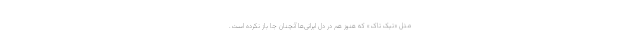
مثل «تیک تاک» که هنوز هم در دل ایرانی‌ها آنچنان جا باز نکرده است.